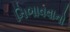
નિભાવવાનો